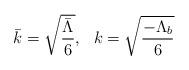
LaTeX: \begin{align*}\bar k=\sqrt{\frac{\bar\Lambda}{6}},\ \ k=\sqrt{\frac{-\Lambda_b}{6}}\end{align*}